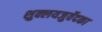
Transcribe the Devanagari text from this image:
शुक्लयजुर्वेदका